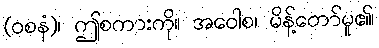
(ဝစနံ)၊ ဤစကားကို။ အဝေါစ၊ မိန့်တော်မူ၏၊